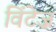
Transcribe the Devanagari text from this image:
विंटेज़